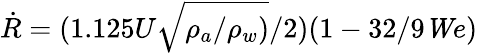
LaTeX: \dot{R}=(1.125U\sqrt{\rho_{a}/\rho_{w})}/2)(1-32/9{\mathit We})